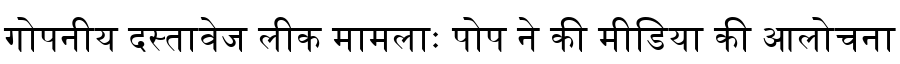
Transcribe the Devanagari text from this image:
गोपनीय दस्तावेज लीक मामलाः पोप ने की मीडिया की आलोचना